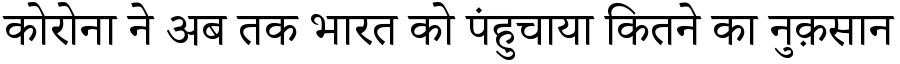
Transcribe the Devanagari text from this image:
कोरोना ने अब तक भारत को पंहुचाया कितने का नुक़सान